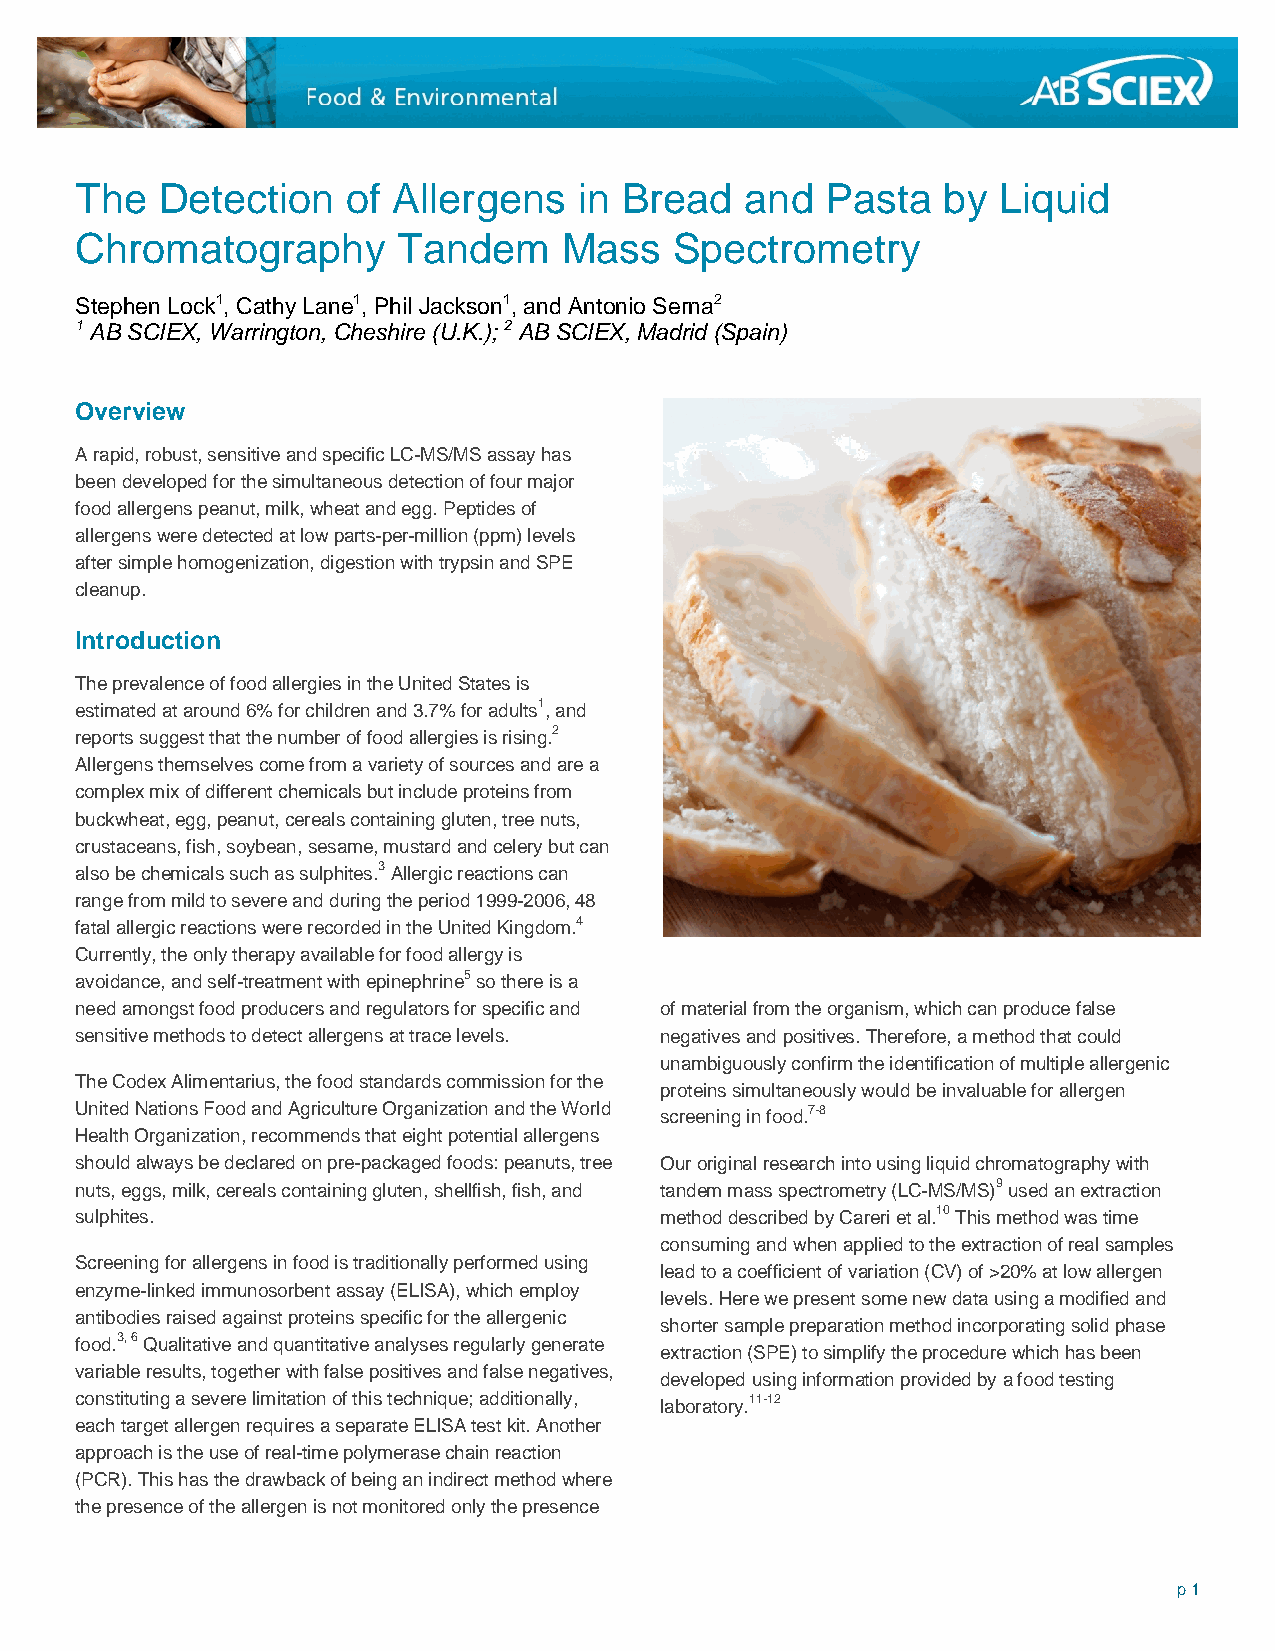
The  Detection    of Allergens   in Bread   and  Pasta   by  Liquid
 Chromatography       Tandem     Mass   Spectrometry
 Stephen Lock1, Cathy Lane1, Phil Jackson1, and Antonio Serna2
 1 AB SCIEX, Warrington, Cheshire (U.K.); 2 AB SCIEX, Madrid (Spain)
 Overview
 A rapid, robust, sensitive and specific LC-MS/MS assay has
 been developed for the simultaneous detection of four major
 food allergens peanut, milk, wheat and egg. Peptides of
 allergens were detected at low parts-per-million (ppm) levels
 after simple homogenization, digestion with trypsin and SPE
 cleanup.
 Introduction
 The prevalence of food allergies in the United States is
 estimated at around 6% for children and 3.7% for adults1, and
 reports suggest that the number of food allergies is rising2.
 Allergens themselves come from a variety of sources and are a
 complex mix of different chemicals but include proteins from
 buckwheat, egg, peanut, cereals containing gluten, tree nuts,
 crustaceans, fish, soybean, sesame, mustard and celery but can
 also be chemicals such as sulphites.3 Allergic reactions can
 range from mild to severe and during the period 1999-2006, 48
 fatal allergic reactions were recorded in the United Kingdom4.
 Currently, the only therapy available for food allergy is
 avoidance, and self-treatment with epinephrine5 so there is a
 need amongst food producers and regulators for specific and of material from the organism, which can produce false
 sensitive methods to detect allergens at trace levels. negatives and positives. Therefore, a method that could
 unambiguously confirm the identification of multiple allergenic
 The Codex Alimentarius, the food standards commission for the
 proteins simultaneously would be invaluable for allergen
 United Nations Food and Agriculture Organization and the World screening in food.7-8
 Health Organization, recommends that eight potential allergens
 should always be declared on pre-packaged foods: peanuts, tree Our original research into using liquid chromatography with
 nuts, eggs, milk, cereals containing gluten, shellfish, fish, and tandem mass spectrometry (LC-MS/MS)9 used an extraction
 sulphites.                             method described by Careri et al.10 This method was time
 consuming and when applied to the extraction of real samples
 Screening for allergens in food is traditionally performed using
 lead to a coefficient of variation (CV) of >20% at low allergen
 enzyme-linked immunosorbent assay (ELISA), which employ
 levels. Here we present some new data using a modified and
 antibodies raised against proteins specific for the allergenic
 shorter sample preparation method incorporating solid phase
 food.3, 6 Qualitative and quantitative analyses regularly generate
 extraction (SPE) to simplify the procedure which has been
 variable results, together with false positives and false negatives,
 developed using information provided by a food testing
 constituting a severe limitation of this technique; additionally, laboratory.11-12
 each target allergen requires a separate ELISA test kit. Another
 approach is the use of real-time polymerase chain reaction
 (PCR). This has the drawback of being an indirect method where
 the presence of the allergen is not monitored only the presence
 p 1